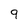
Character: 9